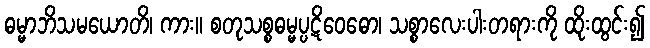
ဓမ္မာဘိသမယောတိ၊ ကား။ စတုသစ္စဓမ္မပ္ပဋိဝေဓော၊ သစ္စာလေးပါးတရားကို ထိုးထွင်း၍